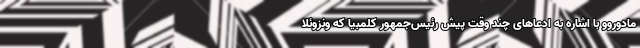
مادوروو با اشاره به ادعاهای چند وقت پیش رئیس‌جمهور کلمبیا که ونزوئلا